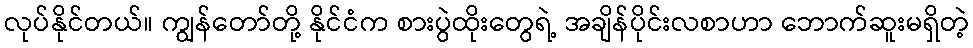
လုပ်နိုင်တယ်။ ကျွန်တော်တို့ နိုင်ငံက စားပွဲထိုးတွေရဲ့ အချိန်ပိုင်းလစာဟာ ဘောက်ဆူးမရှိတဲ့